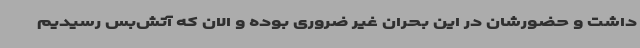
داشت و حضورشان در این بحران غیر ضروری بوده و الان که آتش‌بس رسیدیم